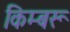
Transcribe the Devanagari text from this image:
किम्बरू